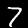
Digit: 7